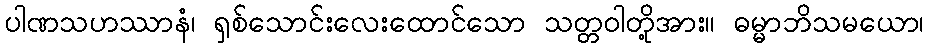
ပါဏသဟဿာနံ၊ ရှစ်သောင်းလေးထောင်သော သတ္တဝါတို့အား။ ဓမ္မာဘိသမယော၊